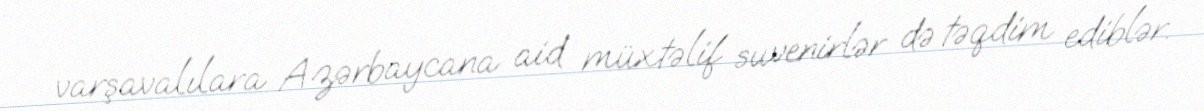
varşavalılara Azərbaycana aid müxtəlif suvenirlər də təqdim ediblər.